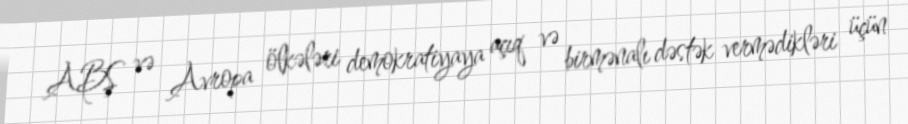
ABŞ və Avropa ölkələri demokratiyaya açıq və birmənalı dəstək vermədikləri üçün